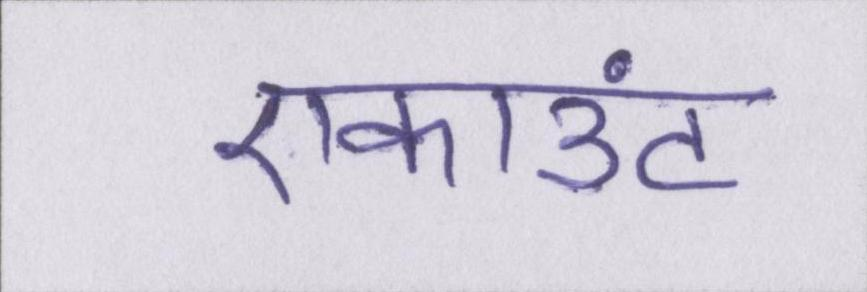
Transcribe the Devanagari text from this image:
एकाउंट